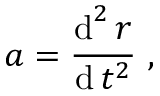
{ \boldsymbol { a } } = { \frac { \operatorname { d } ^ { 2 } { \boldsymbol { r } } } { \operatorname { d } t ^ { 2 } } } \ ,